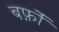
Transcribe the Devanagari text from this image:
बर्फ़ों